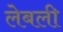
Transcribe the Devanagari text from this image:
लेबली